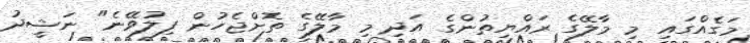
މަގެއްގައި މި މާލޭގެ ރައްޔިތުންގެ އަދި މި މާލޭގެ ތޮށްޖެހުން ފިލުވޭނެ" ނަޝީދު